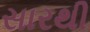
સારથી